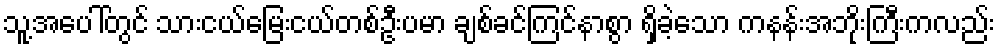
သူ့အပေါ်တွင် သားငယ်မြေးငယ်တစ်ဦးပမာ ချစ်ခင်ကြင်နာစွာ ရှိခဲ့သော ကနန်းအဘိုးကြီးကလည်း